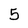
Character: 5